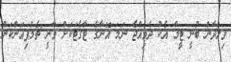
ވިލްދާން ބުނީ ޓީމާ އެކު ދެވިއްޖެ ނަމަ އޭނާގެ ޓާގެޓަކަށް ވާނީ ޗެމްޕިއަންކަން